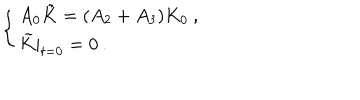
LaTeX: \left\{ \begin{array} { l } { { A _ { 0 } \tilde { K } = ( A _ { 2 } + A _ { 3 } ) K _ { 0 } \: , } } \\ { { \tilde { K } | _ { t = 0 } = 0 \: . } } \\ \end{array} \right.